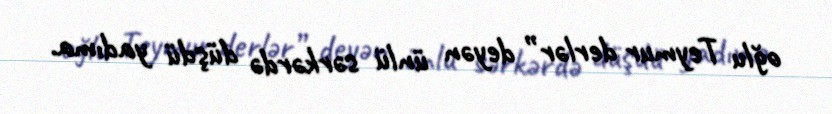
oğlu Teymur derlər” deyən ünlü sərkərdə düşdü yadıma.